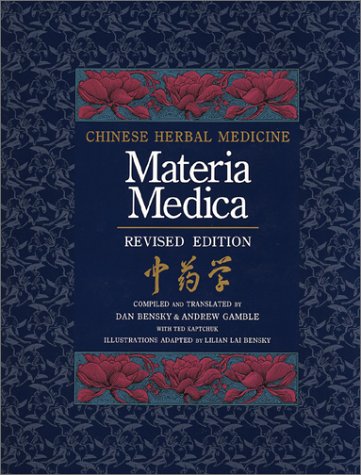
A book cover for Chinese Herbal Medicine: Materia Medica; Dan Bensky; Health, Fitness & Dieting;